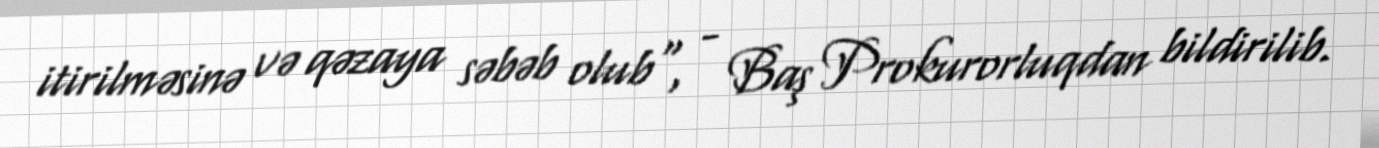
itirilməsinə və qəzaya səbəb olub", - Baş Prokurorluqdan bildirilib.